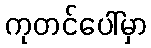
ကုတင်ပေါ်မှာ